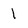
Character: 1